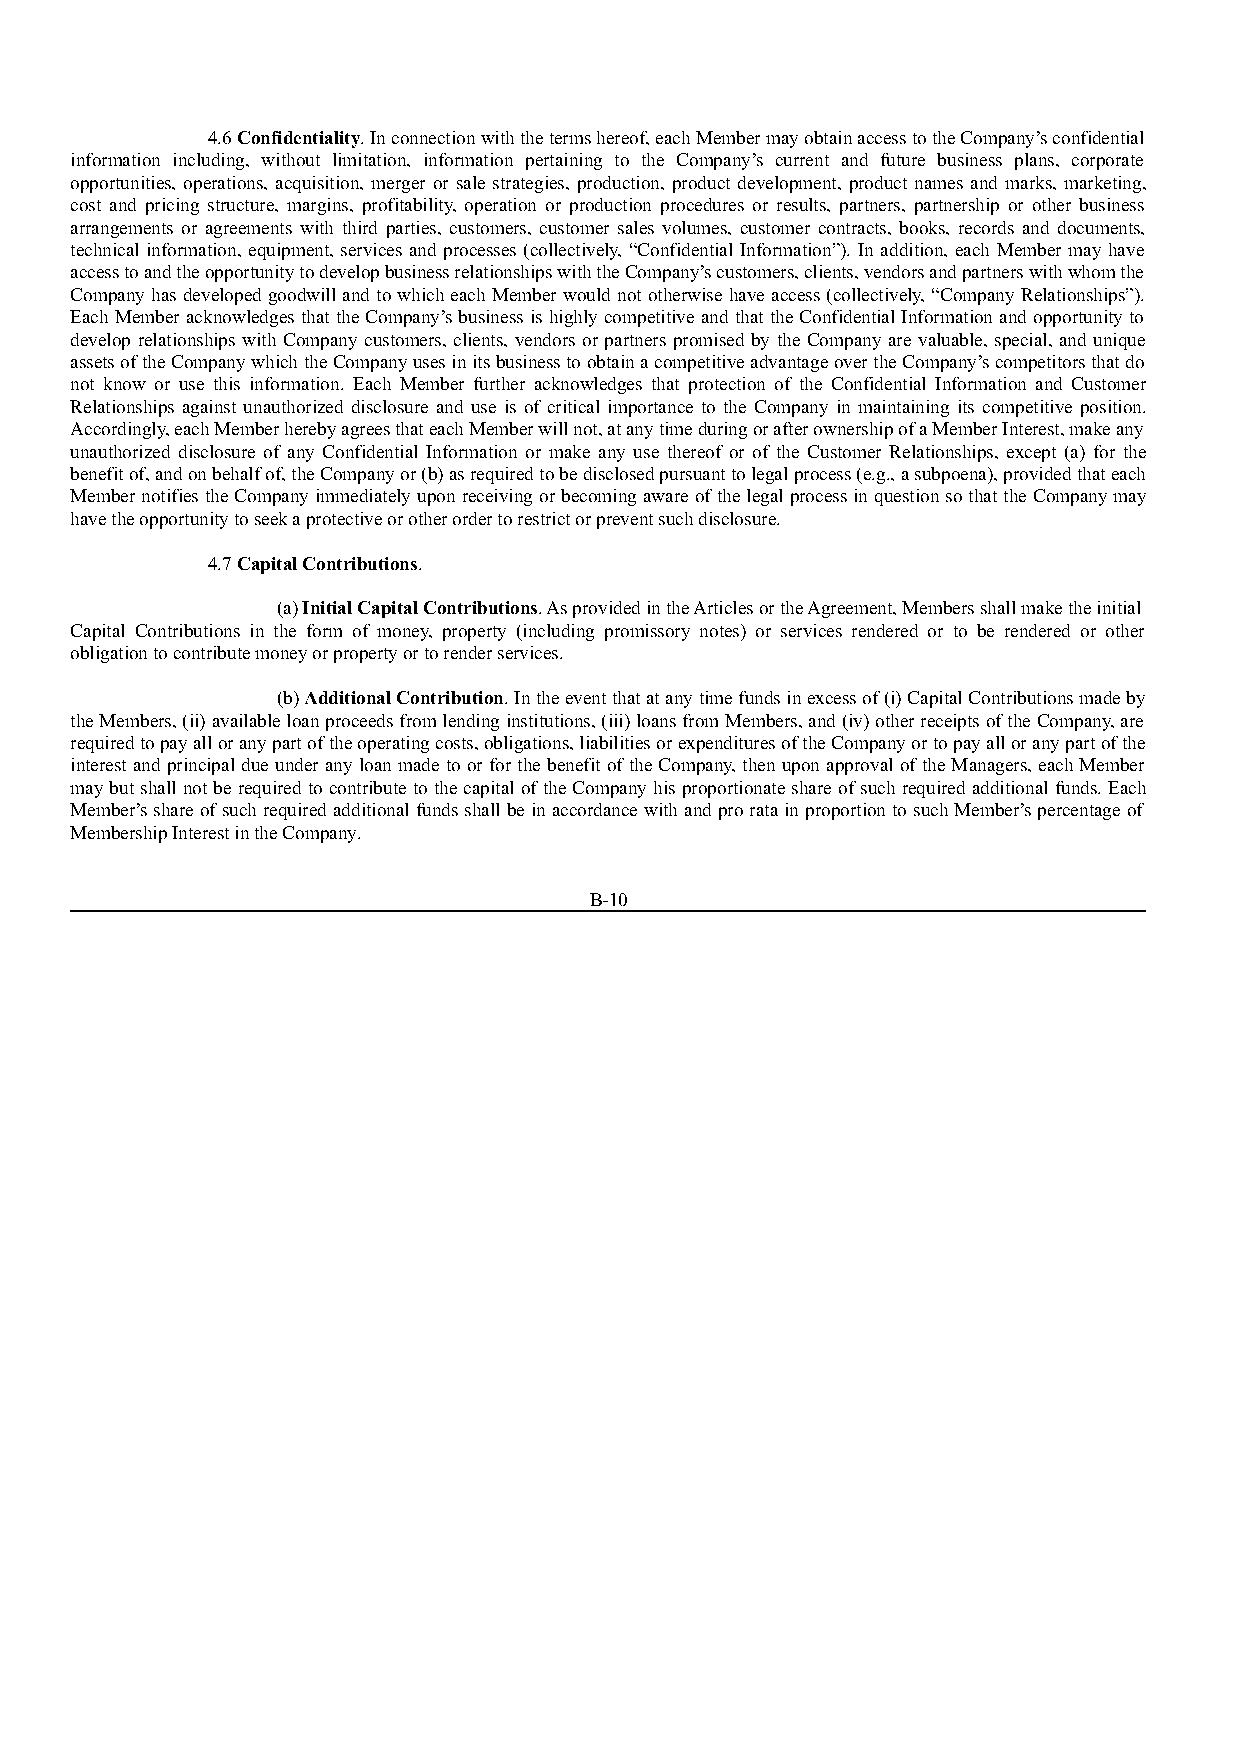
4.6 Confidentiality. In connection with the terms hereof, each Member may obtain access to the Company’s confidential
 information including, without limitation, information pertaining to the Company’s current and future business plans, corporate
 opportunities, operations, acquisition, merger or sale strategies, production, product development, product names and marks, marketing,
 cost and pricing structure, margins, profitability, operation or production procedures or results, partners, partnership or other business
 arrangements or agreements with third parties, customers, customer sales volumes, customer contracts, books, records and documents,
 technical information, equipment, services and processes (collectively, “Confidential Information”). In addition, each Member may have
 access to and the opportunity to develop business relationships with the Company’s customers, clients, vendors and partners with whom the
 Company has developed goodwill and to which each Member would not otherwise have access (collectively, “Company Relationships”).
 Each Member acknowledges that the Company’s business is highly competitive and that the Confidential Information and opportunity to
 develop relationships with Company customers, clients, vendors or partners promised by the Company are valuable, special, and unique
 assets of the Company which the Company uses in its business to obtain a competitive advantage over the Company’s competitors that do
 not know or use this information. Each Member further acknowledges that protection of the Confidential Information and Customer
 Relationships against unauthorized disclosure and use is of critical importance to the Company in maintaining its competitive position.
 Accordingly, each Member hereby agrees that each Member will not, at any time during or after ownership of a Member Interest, make any
 unauthorized disclosure of any Confidential Information or make any use thereof or of the Customer Relationships, except (a) for the
 benefit of, and on behalf of, the Company or (b) as required to be disclosed pursuant to legal process (e.g., a subpoena), provided that each
 Member notifies the Company immediately upon receiving or becoming aware of the legal process in question so that the Company may
 have the opportunity to seek a protective or other order to restrict or prevent such disclosure.
 4.7 Capital Contributions.
 (a) Initial Capital Contributions. As provided in the Articles or the Agreement, Members shall make the initial
 Capital Contributions in the form of money, property (including promissory notes) or services rendered or to be rendered or other
 obligation to contribute money or property or to render services.
 (b) Additional Contribution. In the event that at any time funds in excess of (i) Capital Contributions made by
 the Members, (ii) available loan proceeds from lending institutions, (iii) loans from Members, and (iv) other receipts of the Company, are
 required to pay all or any part of the operating costs, obligations, liabilities or expenditures of the Company or to pay all or any part of the
 interest and principal due under any loan made to or for the benefit of the Company, then upon approval of the Managers, each Member
 may but shall not be required to contribute to the capital of the Company his proportionate share of such required additional funds. Each
 Member’s share of such required additional funds shall be in accordance with and pro rata in proportion to such Member’s percentage of
 Membership Interest in the Company.
 B-10